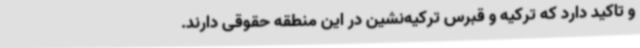
و تاکید دارد که ترکیه و قبرس ترکیه‌نشین در این منطقه حقوقی دارند.